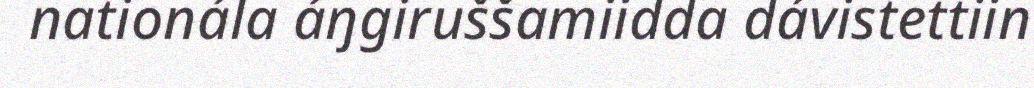
nationála áŋgiruššamiidda dávistettiin